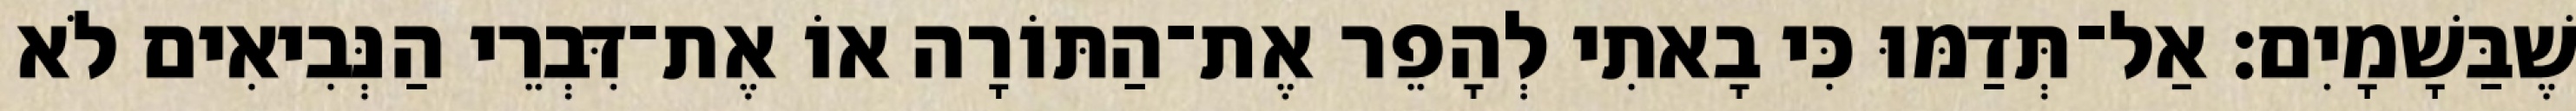
שֶׁבַּשָׁמָיִם׃ אַל־תְּדַמּוּ כִּי בָאתִי לְהָפֵר אֶת־הַתּוֹרָה אוֹ אֶת־דִּבְרֵי הַנְּבִיאִים לֹא